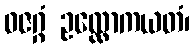
ဓဇဂ္ဂံ ဥလ္လောကယတံ၊